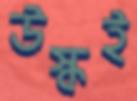
উস্‌কই